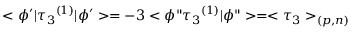
< \phi ^ { \prime } | { \tau _ { 3 } } ^ { ( 1 ) } | \phi ^ { \prime } > = - 3 < \phi " { \tau _ { 3 } } ^ { ( 1 ) } | \phi " > = < \tau _ { 3 } > _ { ( p , n ) }